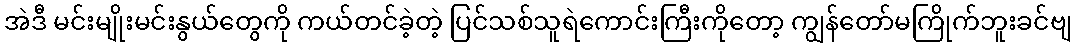
အဲဒီ မင်းမျိုးမင်းနွယ်တွေကို ကယ်တင်ခဲ့တဲ့ ပြင်သစ်သူရဲကောင်းကြီးကိုတော့ ကျွန်တော်မကြိုက်ဘူးခင်ဗျ